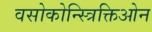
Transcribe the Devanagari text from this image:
वसोकोन्स्त्रिक्तिओन